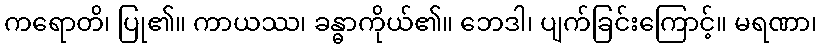
ကရောတိ၊ ပြု၏။ ကာယဿ၊ ခန္ဓာကိုယ်၏။ ဘေဒါ၊ ပျက်ခြင်းကြောင့်။ မရဏာ၊